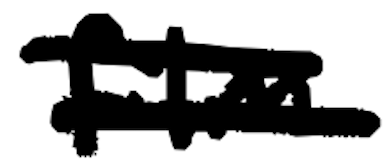
Text: film
Cross-out: double-line
Writing tool: digital_black